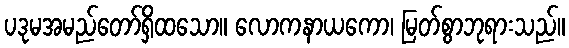
ပဒုမအမည်တော်ရှိထသော။ လောကနာယကော၊ မြတ်စွာဘုရားသည်။